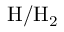
\mathrm { H } / \mathrm { H } _ { 2 }